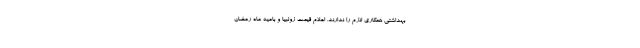
بهداشتی همکاری لازم را ندارند. اعلام قیمت زولبیا و بامیه ماه رمضان